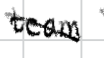
Text: team
Cross-out: diagonal
Writing tool: digital_black